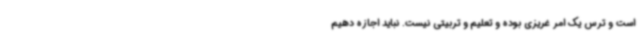
است و ترس یک امر غریزی بوده و تعلیم و تربیتی نیست. نباید اجازه دهیم